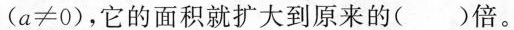
(a≠0)，它的面积就扩大到原来的()倍。